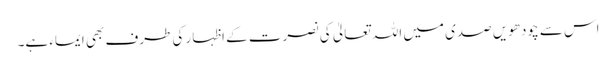
اس سے چودھویں صدی میں اللہ تعالیٰ کی نصرت کے اظہار کی طرف بھی ایماء ہے۔